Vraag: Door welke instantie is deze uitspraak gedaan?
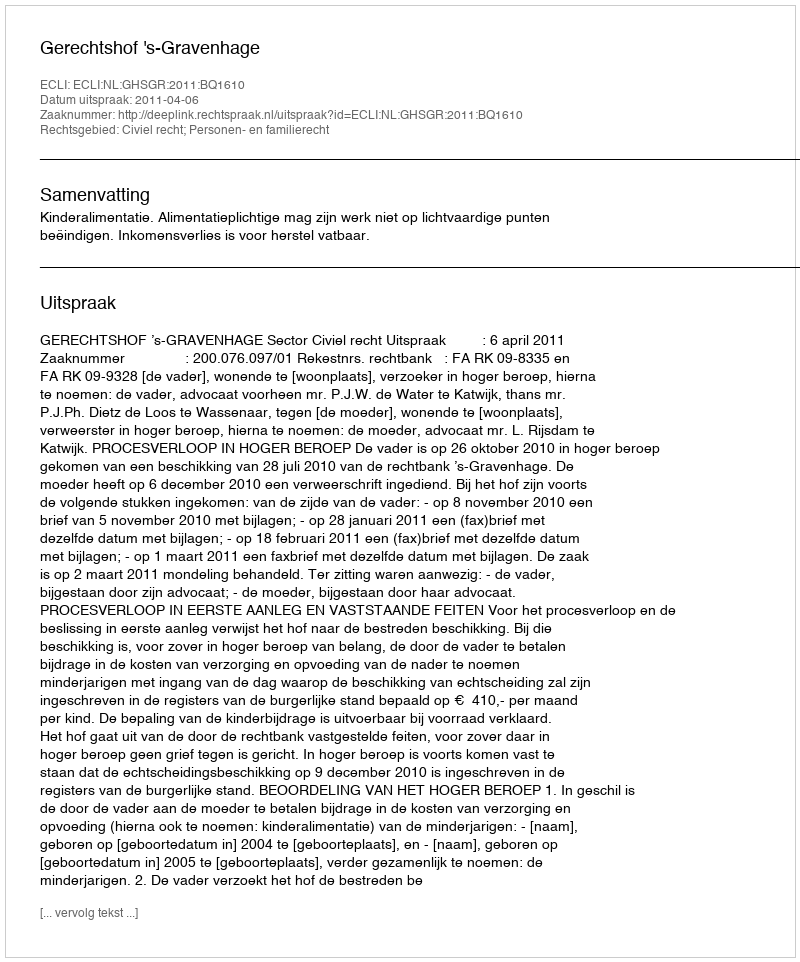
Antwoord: Gerechtshof 's-Gravenhage